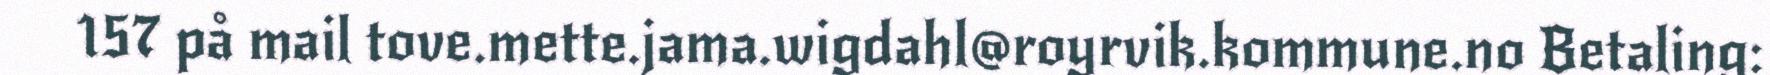
157 på mail tove.mette.jama.wigdahl@royrvik.kommune.no Betaling: